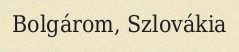
Bolgárom, Szlovákia